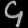
Digit: ၄